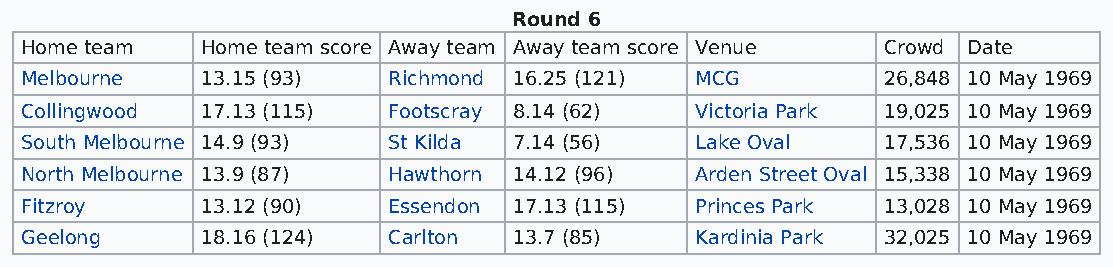
Round 6
 Home team   Home team score Away team Away team score Venue Crowd Date
 Melbourne   13.15 (93)   Richmond 16.25 (121) MCG        26,848 10 May 1969
 Collingwood 17.13 (115)  Footscray 8.14 (62) Victoria Park 19,025 10 May 1969
 South Melbourne 14.9 (93) St Kilda 7.14 (56) Lake Oval   17,536 10 May 1969
 North Melbourne 13.9 (87) Hawthorn 14.12 (96) Arden Street Oval 15,338 10 May 1969
 Fitzroy     13.12 (90)   Essendon 17.13 (115) Princes Park 13,028 10 May 1969
 Geelong     18.16 (124)  Carlton 13.7 (85)   Kardinia Park 32,025 10 May 1969